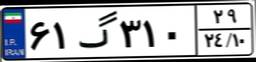
۶۱گ۳۱۰۲۹